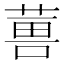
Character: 𮐇